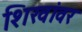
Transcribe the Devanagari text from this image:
शिखांवर